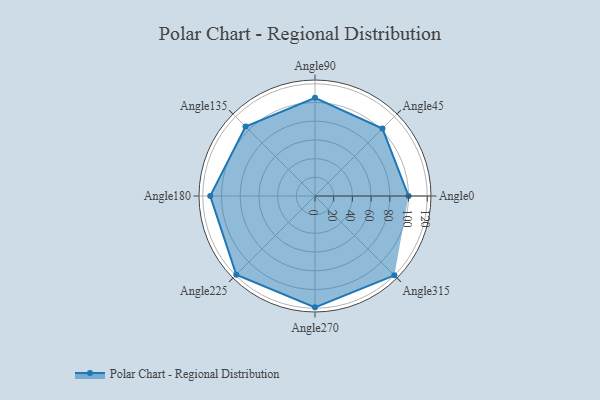
{"axis": {"x": "Angle", "y": "Radius"}, "legend": [""], "data": [{"x": "Angle0", "y": 100.0, "type": ""}, {"x": "Angle45", "y": 102.0, "type": ""}, {"x": "Angle90", "y": 105.0, "type": ""}, {"x": "Angle135", "y": 105.0, "type": ""}, {"x": "Angle180", "y": 112.0, "type": ""}, {"x": "Angle225", "y": 119.0, "type": ""}, {"x": "Angle270", "y": 119.0, "type": ""}, {"x": "Angle315", "y": 120.0, "type": ""}]}